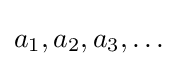
a_{1},a_{2},a_{3},\dots